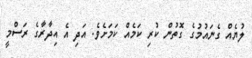
ލުޔެއް ގެނައުމުގެ ގޮތުން ކުރި ކަމެއް ކަމަށެވެ. އަދި އެ އިދާރާގެ ރަސްމީ